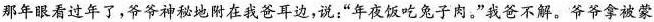
那年眼看过年了，爷爷神秘地附在我爸耳边，说：”年夜饭吃兔子肉。”我爸不解。爷爷拿被蒙